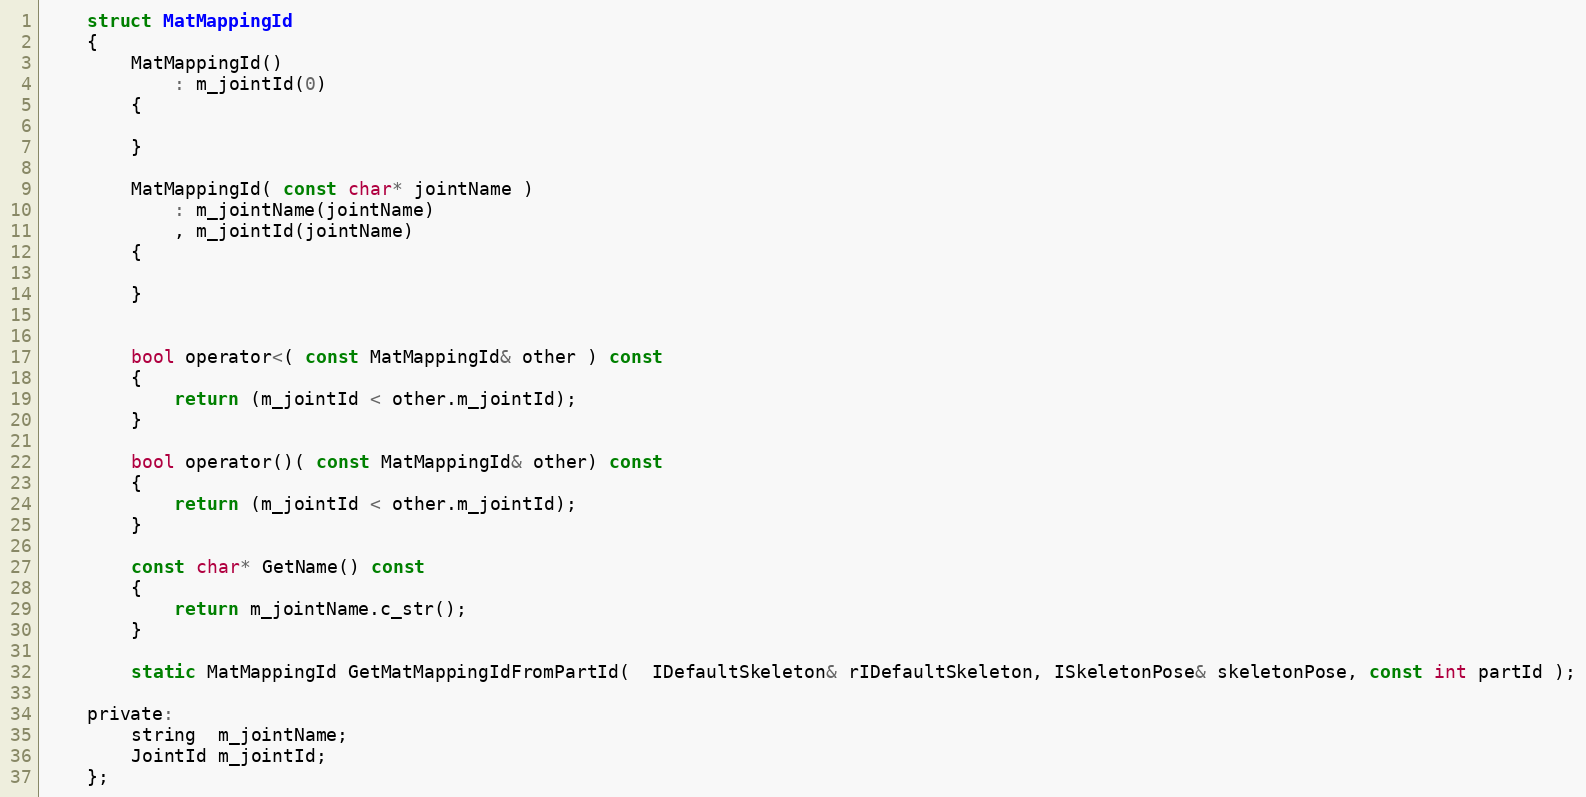
Language: C
	struct MatMappingId
	{
		MatMappingId()
			: m_jointId(0)
		{

		}

		MatMappingId( const char* jointName )
			: m_jointName(jointName)
			, m_jointId(jointName)
		{

		}

		bool operator<( const MatMappingId& other ) const
		{
			return (m_jointId < other.m_jointId);
		}

		bool operator()( const MatMappingId& other) const
		{
			return (m_jointId < other.m_jointId);
		}

		const char* GetName() const
		{
			return m_jointName.c_str();
		}

		static MatMappingId GetMatMappingIdFromPartId(  IDefaultSkeleton& rIDefaultSkeleton, ISkeletonPose& skeletonPose, const int partId );

	private:
		string  m_jointName;
		JointId m_jointId;
	};